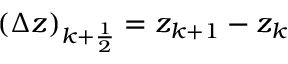
( \Delta z ) _ { k + \frac { 1 } { 2 } } = z _ { k + 1 } - z _ { k }